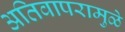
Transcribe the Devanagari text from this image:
अतिवापरामुळे